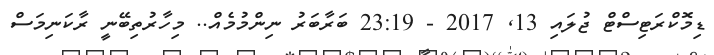
ޑިމޮކްރަޓިސްޓް ޖުލައި 13